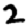
Digit: 2